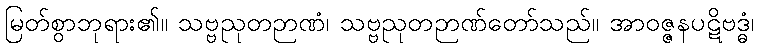
မြတ်စွာဘုရား၏။ သဗ္ဗညုတဉာဏံ၊ သဗ္ဗညုတဉာဏ်တော်သည်။ အာဝဇ္ဇနပဋိဗဒ္ဓံ၊